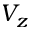
V _ { z }